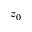
z _ { 0 }